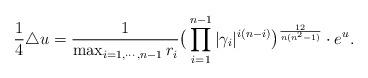
LaTeX: \begin{align*}\frac{1}{4}\triangle u= \frac{1}{\max_{i=1,\cdots,n-1}r_i}\big(\prod_{i=1}^{n-1}|\gamma_i|^{i(n-i)}\big)^{\frac{12}{n(n^2-1)}}\cdot e^{u}. \end{align*}